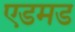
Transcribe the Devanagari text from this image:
एडमड